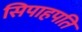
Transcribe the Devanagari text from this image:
सिपाहपति